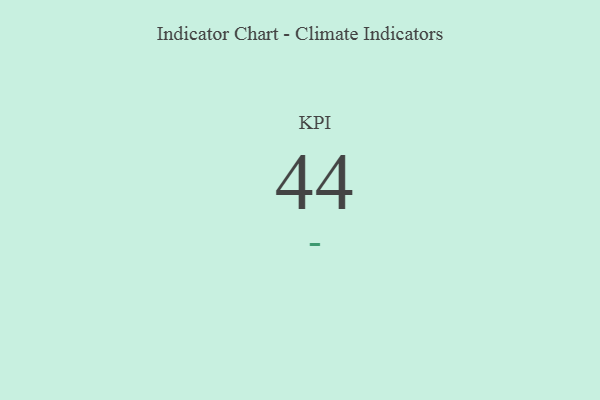
{"axis": {"x": "KPI", "y": "Value"}, "legend": [""], "data": [{"x": "KPI", "y": 44, "type": ""}]}